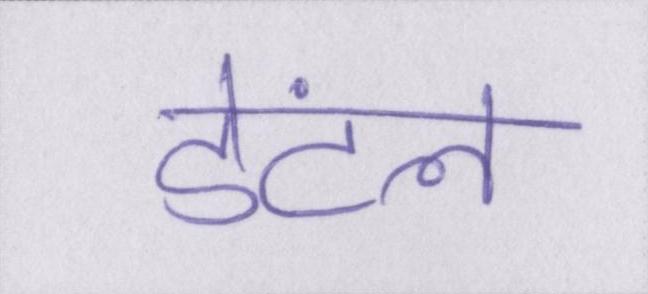
डेंटल